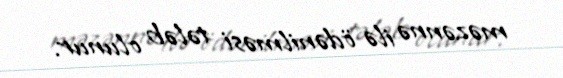
məzənnə ilə ödənilməsi tələb olunur.